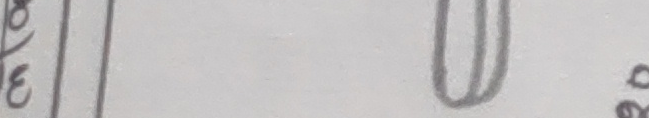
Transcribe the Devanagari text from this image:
४/३ ३०